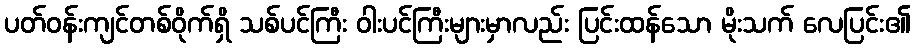
ပတ်ဝန်းကျင်တစ်ဝိုက်ရှိ သစ်ပင်ကြီး ဝါးပင်ကြီးများမှာလည်း ပြင်းထန်သော မိုးသက် လေပြင်း၏